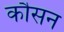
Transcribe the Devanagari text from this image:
कौसन